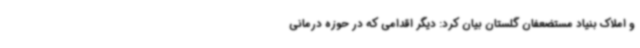
و املاک بنیاد مستضعفان گلستان بیان کرد: دیگر اقدامی که در حوزه درمانی